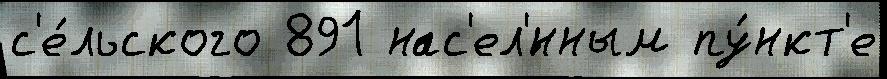
с'е́льского 891 нас'ел'́нным пу́нкт'е